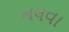
નલવા